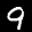
Label: 9